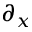
\partial _ { x }